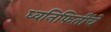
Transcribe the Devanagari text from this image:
ध्वनिफितींचे